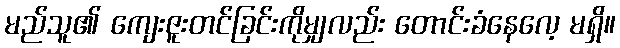
မည်သူ၏ ကျေးဇူးတင်ခြင်းကိုမျှလည်း တောင်းခံနေလေ့ မရှိ။